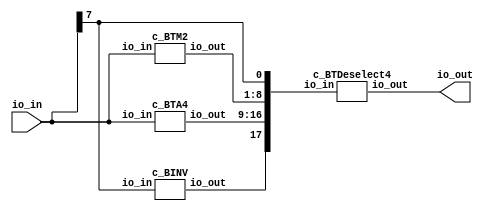
module c_TT3_BTCALC8(
     input [7:0] io_in,
     output [7:0] io_out
);

wire [1:0] tnet_0 = io_in[1:0];
wire [1:0] tnet_1 = tnet_0;
wire [1:0] tnet_2 = io_in[3:2];
wire [1:0] tnet_3 = tnet_2;
wire [1:0] tnet_4 = io_in[5:4];
wire [1:0] tnet_5 = tnet_4;
wire [1:0] tnet_6 = io_in[7:6];
wire [1:0] tnet_7 = tnet_6;
wire [1:0] tnet_8 = tnet_6;
wire [1:0] tnet_9 = tnet_6;

wire [1:0] tnet_10;
wire [1:0] tnet_11;
wire [1:0] tnet_12;
wire [1:0] tnet_13;
wire [1:0] tnet_14;
wire [1:0] tnet_15;
wire [1:0] tnet_16;
wire [1:0] tnet_17;
wire bnet_18;
wire [1:0] tnet_19;
wire [1:0] tnet_20;
wire [1:0] tnet_21;
wire [1:0] tnet_22;

assign io_out[1:0] = tnet_19;
assign io_out[3:2] = tnet_20;
assign io_out[5:4] = tnet_21;
assign io_out[7:6] = tnet_22;

c_BTDeselect4 SavedGate_0 (
.io_in({bnet_18,tnet_17,tnet_16,tnet_15,tnet_14,tnet_13,tnet_12,tnet_11,tnet_10,tnet_9[1]}),
.io_out({tnet_22,tnet_21,tnet_20,tnet_19})
);

c_BTM2 SavedGate_1 (
.io_in({tnet_7,tnet_5,tnet_3,tnet_0}),
.io_out({tnet_13,tnet_12,tnet_11,tnet_10})
);

c_BTA4 SavedGate_2 (
.io_in({tnet_6,tnet_4,tnet_2,tnet_1}),
.io_out({tnet_17,tnet_16,tnet_15,tnet_14})
);

c_BINV SavedGate_3 (
.io_in({tnet_8[1]}),
.io_out({bnet_18})
);

endmodule

module c_BINV (
     input [0:0] io_in,
     output [0:0] io_out
);

wire bnet_0 = io_in[0];

wire bnet_1;

assign io_out[0] = bnet_1;

f_2 LogicGate_0 (
.in_0(bnet_0),
.out_0(bnet_1)
);

endmodule

module c_BTA (
     input [3:0] io_in,
     output [3:0] io_out
);

wire [1:0] tnet_0 = io_in[1:0];
wire [1:0] tnet_1 = tnet_0;
wire [1:0] tnet_2 = io_in[3:2];
wire [1:0] tnet_3 = tnet_2;

wire [1:0] tnet_4;
wire [1:0] tnet_5;

assign io_out[1:0] = tnet_4;
assign io_out[3:2] = tnet_5;

f_RDC_bet LogicGate_0 (
.in_1(tnet_3),
.in_0(tnet_0),
.out_0(tnet_4)
);

f_7PB_bet LogicGate_1 (
.in_1(tnet_2),
.in_0(tnet_1),
.out_0(tnet_5)
);

endmodule

module c_BTA4 (
     input [7:0] io_in,
     output [7:0] io_out
);

wire [1:0] tnet_0 = io_in[1:0];
wire [1:0] tnet_1 = io_in[3:2];
wire [1:0] tnet_2 = io_in[5:4];
wire [1:0] tnet_3 = io_in[7:6];

wire [1:0] tnet_4;
wire [1:0] tnet_5;
wire [1:0] tnet_6;
wire [1:0] tnet_7;
wire [1:0] tnet_8;
wire [1:0] tnet_9;
wire [1:0] tnet_10;
wire [1:0] tnet_11;

assign io_out[1:0] = tnet_8;
assign io_out[3:2] = tnet_9;
assign io_out[5:4] = tnet_10;
assign io_out[7:6] = tnet_11;

c_BTA SavedGate_0 (
.io_in({tnet_2,tnet_0}),
.io_out({tnet_5,tnet_4})
);

c_BTA SavedGate_1 (
.io_in({tnet_3,tnet_1}),
.io_out({tnet_11,tnet_6})
);

c_BTA SavedGate_2 (
.io_in({tnet_6,tnet_4}),
.io_out({tnet_10,tnet_7})
);

c_BTA SavedGate_3 (
.io_in({tnet_7,tnet_5}),
.io_out({tnet_9,tnet_8})
);

endmodule

module c_BTDeselect4 (
     input [17:0] io_in,
     output [7:0] io_out
);

wire [1:0] tnet_0 = io_in[1:0];
wire [1:0] tnet_1 = io_in[3:2];
wire [1:0] tnet_2 = io_in[5:4];
wire [1:0] tnet_3 = io_in[7:6];
wire bnet_4 = io_in[8];
wire bnet_5 = bnet_4;
wire bnet_6 = bnet_4;
wire bnet_7 = bnet_4;
wire bnet_8 = io_in[9];
wire bnet_9 = bnet_8;
wire bnet_10 = bnet_8;
wire bnet_11 = bnet_8;
wire [1:0] tnet_12 = io_in[11:10];
wire [1:0] tnet_13 = io_in[13:12];
wire [1:0] tnet_14 = io_in[15:14];
wire [1:0] tnet_15 = io_in[17:16];

wire [1:0] tnet_16;
wire [1:0] tnet_17;
wire [1:0] tnet_18;
wire [1:0] tnet_19;
wire [1:0] tnet_20;
wire [1:0] tnet_21;
wire [1:0] tnet_22;
wire [1:0] tnet_23;
wire [1:0] tnet_24;
wire [1:0] tnet_25;
wire [1:0] tnet_26;
wire [1:0] tnet_27;

assign io_out[1:0] = tnet_24;
assign io_out[3:2] = tnet_25;
assign io_out[5:4] = tnet_26;
assign io_out[7:6] = tnet_27;

f_RD4_bet LogicGate_0 (
.in_1(tnet_3),
.in_0({bnet_7,!bnet_7}),
.out_0(tnet_16)
);

f_RD4_bet LogicGate_1 (
.in_1(tnet_2),
.in_0({bnet_6,!bnet_6}),
.out_0(tnet_17)
);

f_RD4_bet LogicGate_2 (
.in_1(tnet_1),
.in_0({bnet_5,!bnet_5}),
.out_0(tnet_18)
);

f_RD4_bet LogicGate_3 (
.in_1(tnet_0),
.in_0({bnet_4,!bnet_4}),
.out_0(tnet_19)
);

f_RD4_bet LogicGate_4 (
.in_1(tnet_13),
.in_0({bnet_8,!bnet_8}),
.out_0(tnet_20)
);

f_RD4_bet LogicGate_5 (
.in_1(tnet_12),
.in_0({bnet_11,!bnet_11}),
.out_0(tnet_21)
);

f_RD4_bet LogicGate_6 (
.in_1(tnet_15),
.in_0({bnet_10,!bnet_10}),
.out_0(tnet_22)
);

f_RD4_bet LogicGate_7 (
.in_1(tnet_14),
.in_0({bnet_9,!bnet_9}),
.out_0(tnet_23)
);

f_VP0_bet LogicGate_8 (
.in_1(tnet_21),
.in_0(tnet_19),
.out_0(tnet_24)
);

f_VP0_bet LogicGate_9 (
.in_1(tnet_20),
.in_0(tnet_18),
.out_0(tnet_25)
);

f_VP0_bet LogicGate_10 (
.in_1(tnet_23),
.in_0(tnet_17),
.out_0(tnet_26)
);

f_VP0_bet LogicGate_11 (
.in_1(tnet_22),
.in_0(tnet_16),
.out_0(tnet_27)
);

endmodule

module c_BTM1 (
     input [3:0] io_in,
     output [1:0] io_out
);

wire [1:0] tnet_0 = io_in[1:0];
wire [1:0] tnet_1 = io_in[3:2];

wire [1:0] tnet_2;

assign io_out[1:0] = tnet_2;

f_PD5_bet LogicGate_0 (
.in_1(tnet_1),
.in_0(tnet_0),
.out_0(tnet_2)
);

endmodule

module c_BTM2 (
     input [7:0] io_in,
     output [7:0] io_out
);

wire [1:0] tnet_0 = io_in[1:0];
wire [1:0] tnet_1 = tnet_0;
wire [1:0] tnet_2 = io_in[3:2];
wire [1:0] tnet_3 = tnet_2;
wire [1:0] tnet_4 = io_in[5:4];
wire [1:0] tnet_5 = tnet_4;
wire [1:0] tnet_6 = io_in[7:6];
wire [1:0] tnet_7 = tnet_6;

wire [1:0] tnet_8;
wire [1:0] tnet_9;
wire [1:0] tnet_10;
wire [1:0] tnet_11;
wire [1:0] tnet_12 = tnet_11;
wire [1:0] tnet_13;
wire [1:0] tnet_14;
wire [1:0] tnet_15;
wire [1:0] tnet_16;
wire [1:0] tnet_17 = tnet_8;
wire [1:0] tnet_18 = tnet_10;
wire [1:0] tnet_19 = tnet_13;

assign io_out[1:0] = tnet_16;
assign io_out[3:2] = tnet_17;
assign io_out[5:4] = tnet_18;
assign io_out[7:6] = tnet_19;

f_CDR_bet LogicGate_0 (
.in_1(tnet_8),
.in_0(tnet_11),
.out_0(tnet_16)
);

f_RPC_bet LogicGate_1 (
.in_1(tnet_10),
.in_0(tnet_9),
.out_0(tnet_8)
);

f_3PT_bet LogicGate_2 (
.in_1(tnet_13),
.in_0(tnet_12),
.out_0(tnet_9)
);

c_BTS1 SavedGate_0 (
.io_in({tnet_15,tnet_14}),
.io_out({tnet_18})
);

c_BTM1 SavedGate_1 (
.io_in({tnet_4,tnet_0}),
.io_out({tnet_12})
);

c_BTM1 SavedGate_2 (
.io_in({tnet_7,tnet_3}),
.io_out({tnet_19})
);

c_BTM1 SavedGate_3 (
.io_in({tnet_6,tnet_1}),
.io_out({tnet_14})
);

c_BTM1 SavedGate_4 (
.io_in({tnet_5,tnet_2}),
.io_out({tnet_15})
);

endmodule

module c_BTS1 (
     input [3:0] io_in,
     output [1:0] io_out
);

wire [1:0] tnet_0 = io_in[1:0];
wire [1:0] tnet_1 = io_in[3:2];

wire [1:0] tnet_2;

assign io_out[1:0] = tnet_2;

f_7PB_bet LogicGate_0 (
.in_1(tnet_1),
.in_0(tnet_0),
.out_0(tnet_2)
);

endmodule

module f_2 (
     input wire in_0,
     output wire out_0
     );

     assign out_0 = (in_0 == 0);
endmodule

module f_3PT_bet (
     input wire[1:0] in_0,
     input wire[1:0] in_1,
     output wire[1:0] out_0
     );

     assign out_0 = (in_0 == 2'b01) & (in_1 == 2'b01) ? 2'b10 :(in_0 == 2'b01) & (in_1 == 2'b11) ? 2'b11 :(in_0 == 2'b01) & (in_1 == 2'b10) ? 2'b10 :(in_0 == 2'b11) & (in_1 == 2'b01) ? 2'b01 :(in_0 == 2'b11) & (in_1 == 2'b11) ? 2'b11 :(in_0 == 2'b11) & (in_1 == 2'b10) ? 2'b10 :(in_0 == 2'b10) & (in_1 == 2'b01) ? 2'b01 :(in_0 == 2'b10) & (in_1 == 2'b11) ? 2'b11 :(in_0 == 2'b10) & (in_1 == 2'b10) ? 2'b01 :2'b00;
endmodule

module f_7PB_bet (
     input wire[1:0] in_0,
     input wire[1:0] in_1,
     output wire[1:0] out_0
     );

     assign out_0 = (in_0 == 2'b01) & (in_1 == 2'b01) ? 2'b10 :(in_0 == 2'b01) & (in_1 == 2'b11) ? 2'b01 :(in_0 == 2'b01) & (in_1 == 2'b10) ? 2'b11 :(in_0 == 2'b11) & (in_1 == 2'b01) ? 2'b01 :(in_0 == 2'b11) & (in_1 == 2'b11) ? 2'b11 :(in_0 == 2'b11) & (in_1 == 2'b10) ? 2'b10 :(in_0 == 2'b10) & (in_1 == 2'b01) ? 2'b11 :(in_0 == 2'b10) & (in_1 == 2'b11) ? 2'b10 :(in_0 == 2'b10) & (in_1 == 2'b10) ? 2'b01 :2'b00;
endmodule

module f_CDR_bet (
     input wire[1:0] in_0,
     input wire[1:0] in_1,
     output wire[1:0] out_0
     );

     assign out_0 = (in_0 == 2'b01) & (in_1 == 2'b01) ? 2'b11 :(in_0 == 2'b01) & (in_1 == 2'b11) ? 2'b11 :(in_0 == 2'b01) & (in_1 == 2'b10) ? 2'b10 :(in_0 == 2'b11) & (in_1 == 2'b01) ? 2'b11 :(in_0 == 2'b11) & (in_1 == 2'b11) ? 2'b11 :(in_0 == 2'b11) & (in_1 == 2'b10) ? 2'b11 :(in_0 == 2'b10) & (in_1 == 2'b01) ? 2'b01 :(in_0 == 2'b10) & (in_1 == 2'b11) ? 2'b11 :(in_0 == 2'b10) & (in_1 == 2'b10) ? 2'b11 :2'b00;
endmodule

module f_PD5_bet (
     input wire[1:0] in_0,
     input wire[1:0] in_1,
     output wire[1:0] out_0
     );

     assign out_0 = (in_0 == 2'b01) & (in_1 == 2'b01) ? 2'b10 :(in_0 == 2'b01) & (in_1 == 2'b11) ? 2'b11 :(in_0 == 2'b01) & (in_1 == 2'b10) ? 2'b01 :(in_0 == 2'b11) & (in_1 == 2'b01) ? 2'b11 :(in_0 == 2'b11) & (in_1 == 2'b11) ? 2'b11 :(in_0 == 2'b11) & (in_1 == 2'b10) ? 2'b11 :(in_0 == 2'b10) & (in_1 == 2'b01) ? 2'b01 :(in_0 == 2'b10) & (in_1 == 2'b11) ? 2'b11 :(in_0 == 2'b10) & (in_1 == 2'b10) ? 2'b10 :2'b00;
endmodule

module f_RD4_bet (
     input wire[1:0] in_0,
     input wire[1:0] in_1,
     output wire[1:0] out_0
     );

     assign out_0 = (in_0 == 2'b01) & (in_1 == 2'b01) ? 2'b11 :(in_0 == 2'b01) & (in_1 == 2'b11) ? 2'b11 :(in_0 == 2'b01) & (in_1 == 2'b10) ? 2'b01 :(in_0 == 2'b11) & (in_1 == 2'b01) ? 2'b11 :(in_0 == 2'b11) & (in_1 == 2'b11) ? 2'b11 :(in_0 == 2'b11) & (in_1 == 2'b10) ? 2'b11 :(in_0 == 2'b10) & (in_1 == 2'b01) ? 2'b11 :(in_0 == 2'b10) & (in_1 == 2'b11) ? 2'b11 :(in_0 == 2'b10) & (in_1 == 2'b10) ? 2'b10 :2'b00;
endmodule

module f_RDC_bet (
     input wire[1:0] in_0,
     input wire[1:0] in_1,
     output wire[1:0] out_0
     );

     assign out_0 = (in_0 == 2'b01) & (in_1 == 2'b01) ? 2'b01 :(in_0 == 2'b01) & (in_1 == 2'b11) ? 2'b11 :(in_0 == 2'b01) & (in_1 == 2'b10) ? 2'b11 :(in_0 == 2'b11) & (in_1 == 2'b01) ? 2'b11 :(in_0 == 2'b11) & (in_1 == 2'b11) ? 2'b11 :(in_0 == 2'b11) & (in_1 == 2'b10) ? 2'b11 :(in_0 == 2'b10) & (in_1 == 2'b01) ? 2'b11 :(in_0 == 2'b10) & (in_1 == 2'b11) ? 2'b11 :(in_0 == 2'b10) & (in_1 == 2'b10) ? 2'b10 :2'b00;
endmodule

module f_RPC_bet (
     input wire[1:0] in_0,
     input wire[1:0] in_1,
     output wire[1:0] out_0
     );

     assign out_0 = (in_0 == 2'b01) & (in_1 == 2'b01) ? 2'b01 :(in_0 == 2'b01) & (in_1 == 2'b11) ? 2'b11 :(in_0 == 2'b01) & (in_1 == 2'b10) ? 2'b11 :(in_0 == 2'b11) & (in_1 == 2'b01) ? 2'b01 :(in_0 == 2'b11) & (in_1 == 2'b11) ? 2'b11 :(in_0 == 2'b11) & (in_1 == 2'b10) ? 2'b10 :(in_0 == 2'b10) & (in_1 == 2'b01) ? 2'b11 :(in_0 == 2'b10) & (in_1 == 2'b11) ? 2'b11 :(in_0 == 2'b10) & (in_1 == 2'b10) ? 2'b10 :2'b00;
endmodule

module f_VP0_bet (
     input wire[1:0] in_0,
     input wire[1:0] in_1,
     output wire[1:0] out_0
     );

     assign out_0 = (in_0 == 2'b01) & (in_1 == 2'b01) ? 2'b01 :(in_0 == 2'b01) & (in_1 == 2'b11) ? 2'b01 :(in_0 == 2'b01) & (in_1 == 2'b10) ? 2'b01 :(in_0 == 2'b11) & (in_1 == 2'b01) ? 2'b01 :(in_0 == 2'b11) & (in_1 == 2'b11) ? 2'b11 :(in_0 == 2'b11) & (in_1 == 2'b10) ? 2'b10 :(in_0 == 2'b10) & (in_1 == 2'b01) ? 2'b01 :(in_0 == 2'b10) & (in_1 == 2'b11) ? 2'b10 :(in_0 == 2'b10) & (in_1 == 2'b10) ? 2'b10 :2'b00;
endmodule